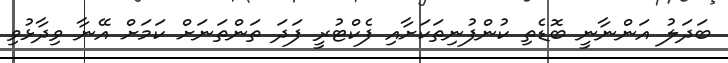
ބަދަލު އަންނާނީ ބޮޑެތި ކުންފުނިތަކަށާއި ފެކްޓުރީ ފަދަ ތަންތަނަށް ކަމަށް އޭނާ ވިދާޅުވި